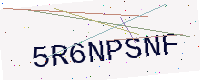
Text: 5R6NPSNF